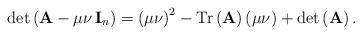
LaTeX: \begin{align*}\det\left(\mathbf{A}-\mu\nu\,\mathbf{I}_{n}\right)=\left(\mu\nu\right)^{2}-\mbox{Tr}\left(\mathbf{A}\right)\left(\mu\nu\right)+\det\left(\mathbf{A}\right).\end{align*}